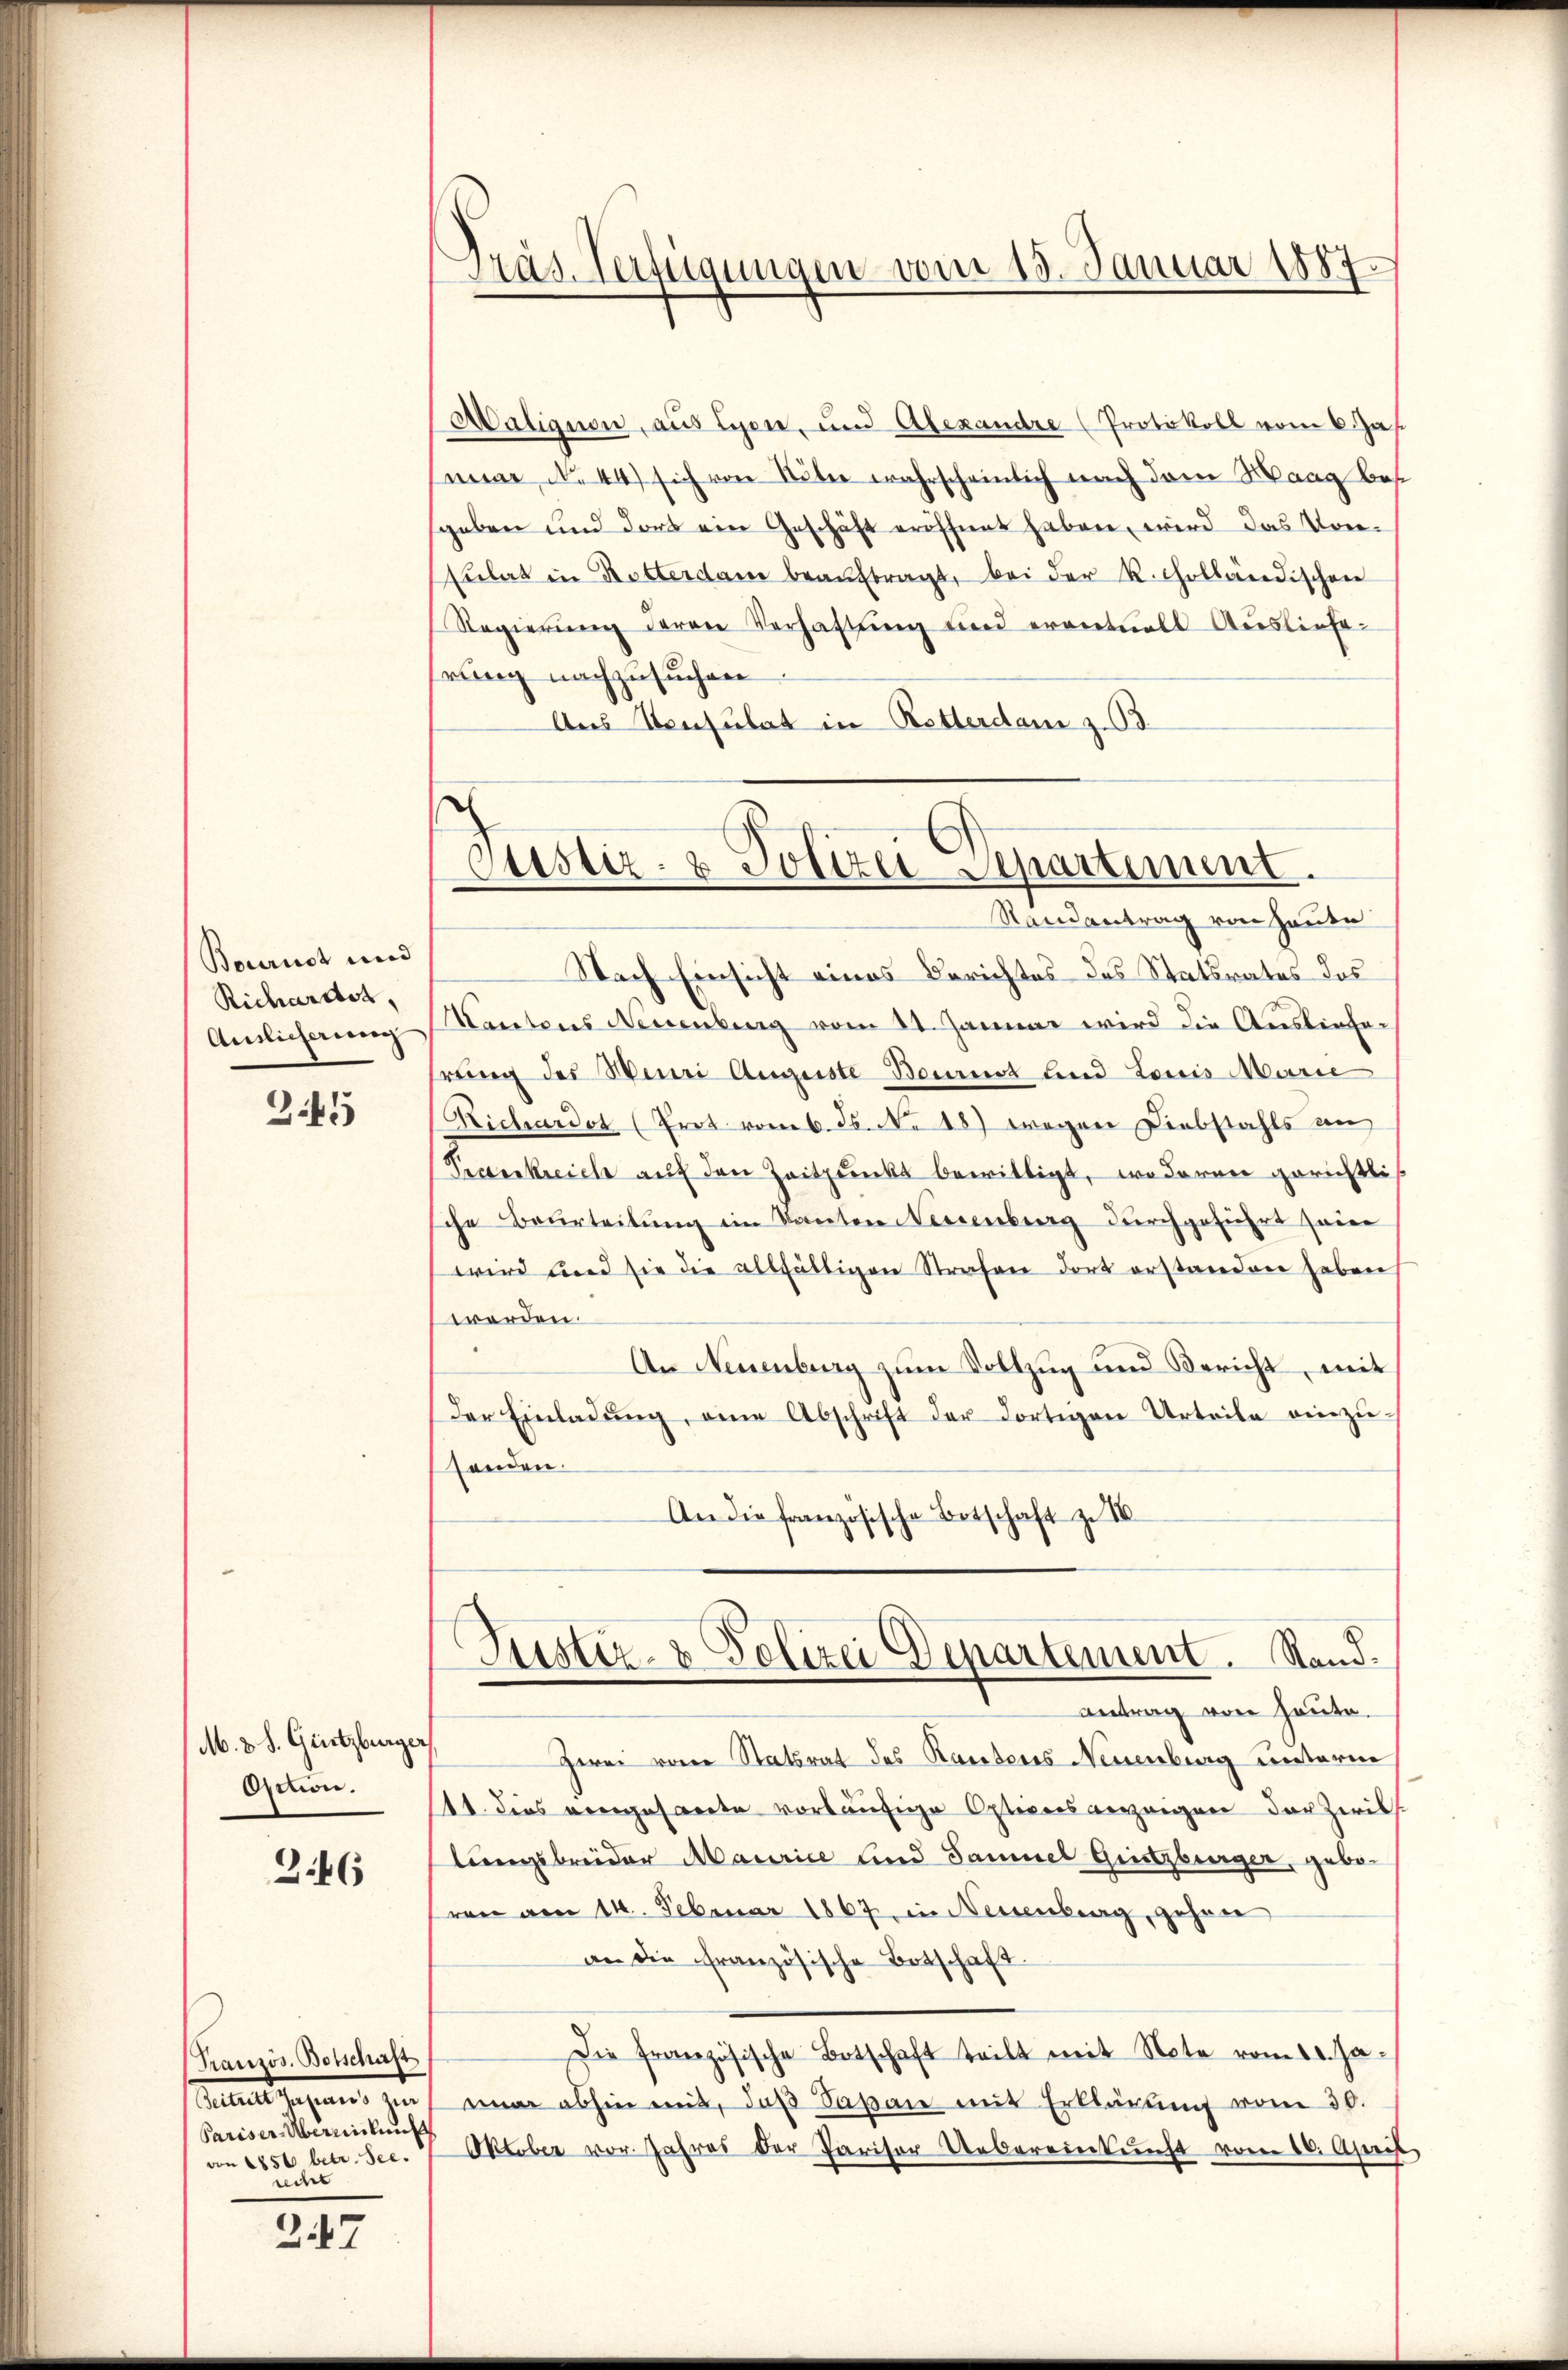
Präs. Verfügungen vom 15. Januar 1887.

Maligion, aus Lyon, und Alexandre (Protokoll vom 6. Jas
mine No. 44) sich von Unter wahrscheinlich nach dem Maag bes
geben und dort ein Geschäft eröffnet haben, wird das Vor¬
Eulat in Rotterdam beaŭftragt, bei der k. cholländischen
Regierŭng deren Verhaftŭng und eventuell Ausliefe
hrung nachzusuchen
Aus Konsulat in Retterdam z.O3.
Nach Einsicht eines Berichtes des Statsrates des
Kantons Neuenburg vom 11. Januar wird die Auslieferung des Meuri Auguste Bauert und Louis Marie
Richardot (Prot vom 6. ds. No. 18) wegen Diebstahls an
Prankreich auf den Zeitpunkt bewilligt, wo daran gerichtli
che Beurteilung im Kanten Neuenburg durchgeführt seine
wird und sie die allfältigen Strafen dort erstanden haben,
werden.
An Neuenburg zum Vollzug und Bericht, mit
der Einladung, eine Abschrift der dortigen Urteile einzusenden.
An die französische Botschaft zu III
Justiz- & Polizei Departement. Stand.
antrag von Haute.
Herei von Statsrat des Rauderes Neuenburg unterm
111. dies vergasserte vorläufige Optices vergangen der Zwiks.
lungsbreider Maurice und Samuel Gristzburger, geboren am 14. Februar 1867, in Neuenburg, gehen
an die französische Botschaft.
Die französische Botschaft teilt mit Note vom 10. Ja-
mar abhin mit, daβ Papan mit Erklärung vom 30.
Oktober vor. Jahres der Pariser Uebereinkunft vom 16. April

Justiz- & Polizei Separtement.
Randantrag von Hause

Bourist und
Richardst
Auslieferung

245

M. 3 S. Gretzburger,
Ostion.

346

Pranzös. Botschaft
Sumater
deine beleute
von 1850 betr. See.
recht

347